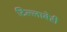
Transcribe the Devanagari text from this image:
टिल्लाबेरी